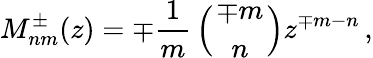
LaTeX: M_{nm}^{\pm}(z)=\mp{\frac{1}{m}}\left({\mp m\atop n}\right)z^{\mp m-n}\, ,